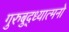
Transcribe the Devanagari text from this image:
गुरुबुद्ध्यात्मनो